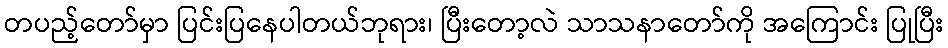
တပည့်တော်မှာ ပြင်းပြနေပါတယ်ဘုရား၊ ပြီးတော့လဲ သာသနာတော်ကို အကြောင်း ပြုပြီး